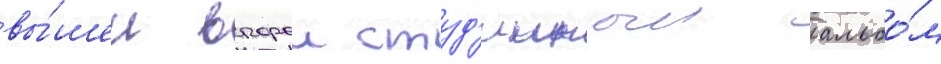
вы́шел второи студ'ииныи альбо́м